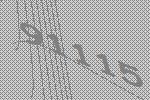
91115